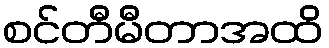
စင်တီမီတာအထိ